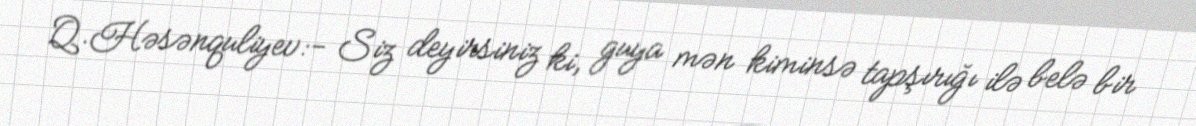
Q.Həsənquliyev:- Siz deyirsiniz ki, guya mən kiminsə tapşırığı ilə belə bir